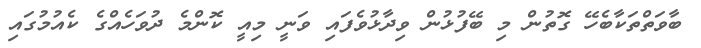
ބާވަތްތަކާބެހޭ ގޮތުން މި ބޭފުޅުން ވިދާޅުވެފައި ވަނީ މިއީ ކޮންމެ ދުވަހެއްގެ ކެއުމުގައި